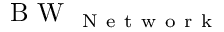
\mathrm { ~ B ~ W ~ } _ { \mathrm { ~ N ~ e ~ t ~ w ~ o ~ r ~ k ~ } }